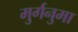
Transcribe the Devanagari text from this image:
मुर्गनुमा